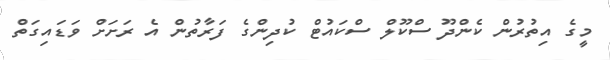
މީގެ އިތުރުން ކެންދޫ ސްކޫލް ސްކައުޓް ކުދިންގެ ފަރާތުން އެ ރަށަށް ވަޑައިގަތް